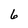
Character: 6